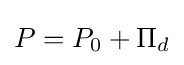
P=P_{0}+\Pi _{d}